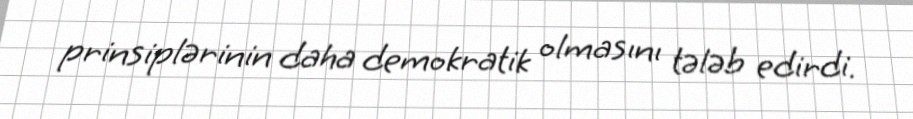
prinsiplərinin daha demokratik olmasını tələb edirdi.